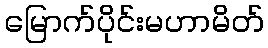
မြောက်ပိုင်းမဟာမိတ်